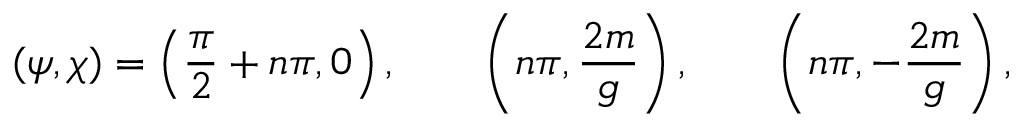
( \psi , \chi ) = \left( { \frac { \pi } { 2 } } + n \pi , 0 \right) , \qquad \left( n \pi , { \frac { 2 m } { g } } \right) , \qquad \left( n \pi , - { \frac { 2 m } { g } } \right) ,